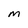
Character: M